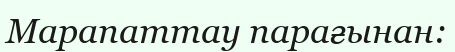
Марапаттау парағынан: